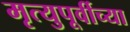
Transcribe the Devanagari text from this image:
मृत्युपूर्वीच्या